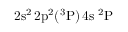
\mathrm { 2 s ^ { 2 } \, 2 p ^ { 2 } ( ^ { 3 } P ) \, 4 s ~ ^ { 2 } P }